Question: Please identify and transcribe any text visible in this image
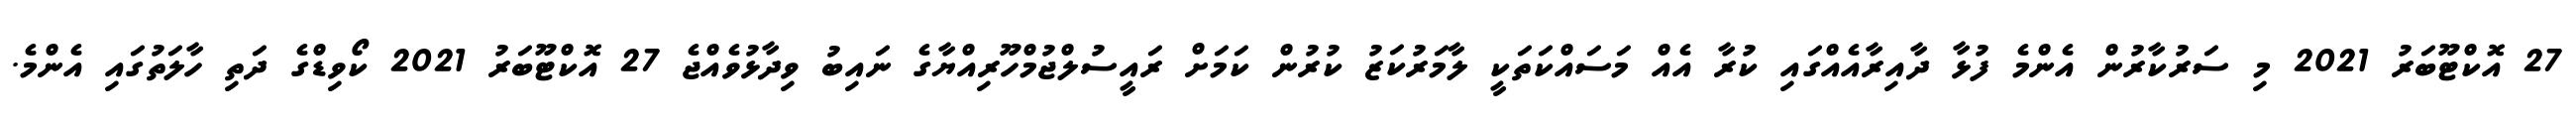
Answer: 27 އޮކްޓޫބަރު 2021 މި ސަރުކާރުން އެންމެ ފުޅާ ދާއިރާއެއްގައި ކުރާ އެއް މަސައްކަތަކީ ލާމަރުކަޒު ކުރުން ކަމަށް ރައީސުލްޖުމްހޫރިއްޔާގެ ނައިބު ވިދާޅުވެއްޖެ 27 އޮކްޓޫބަރު 2021 ކޯވިޑްގެ ދަތި ހާލަތުގައި އެންމެ.